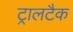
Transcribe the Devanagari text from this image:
ट्रालटैक